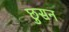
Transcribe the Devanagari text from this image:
छुसन